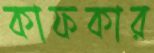
কাফকার